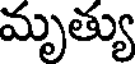
మృత్యు